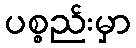
ပစ္စည်းမှာ